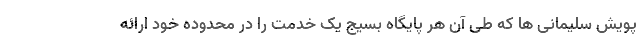
پویش سلیمانی ها که طی آن هر پایگاه بسیج یک خدمت را در محدوده خود ارائه